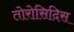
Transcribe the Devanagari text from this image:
तोरोसिदिस